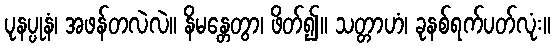
ပုနပ္ပုနံ၊ အဖန်တလဲလဲ။ နိမန္တေတွာ၊ ဖိတ်၍။ သတ္တာဟံ၊ ခုနစ်ရက်ပတ်လုံး။